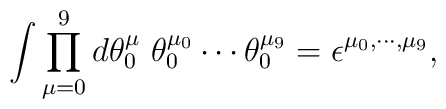
\int \prod_{\mu=0}^{9} d\theta^{\mu}_{0}~ \theta^{\mu_{0}}_{0} \cdots\theta^{\mu_{9}}_{0} = \epsilon^{\mu_{0}, \cdots, \mu_{9}},